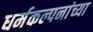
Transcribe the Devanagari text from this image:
धर्मकल्पनांच्या